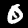
Label: 0